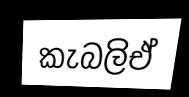
කැබලිඒ